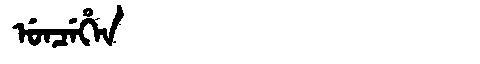
Manchu: ᡠᠨᠴᡝᡥᡝᠨ
Romanization: UNCEHEN